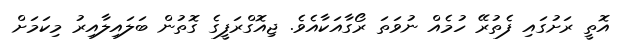
އޮތީ ރަށުގައި ފެތުރޭ ހުމެއް ނުވަތަ ރޯގާއަކާއެވެ. ޖިއޮގްރަފީގެ ގޮތުން ބަލައިލާއިރު މިކަމަށް